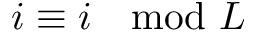
i \equiv i \mod L